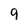
Character: 9